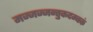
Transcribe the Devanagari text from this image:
मज्जज्जन्तुकदम्बकं